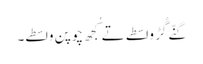
گنّے گُڑ واسطے تے کُجھ چوپن واسطے۔